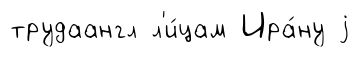
трудаангл л'и́цам Ира́ну j